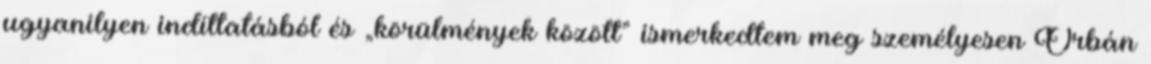
ugyanilyen indíttatásból és „körülmények között” ismerked­tem meg személyesen Orbán